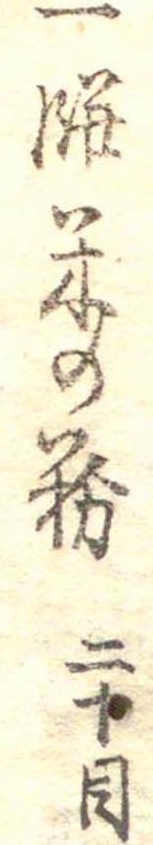
一餅米の粉二十目